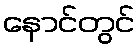
နောင်တွင်